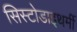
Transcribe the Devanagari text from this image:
सिस्टोडाइथर्मी